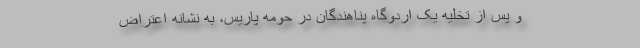
و پس از تخلیه یک اردوگاه پناهندگان در حومه پاریس، به نشانه اعتراض